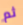
ثم